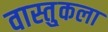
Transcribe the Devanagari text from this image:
वास्तु्कला